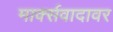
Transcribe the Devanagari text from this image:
मार्क्सवादावर